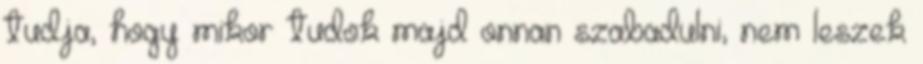
tudja, hogy mikor tudok majd onnan szabadulni, nem leszek